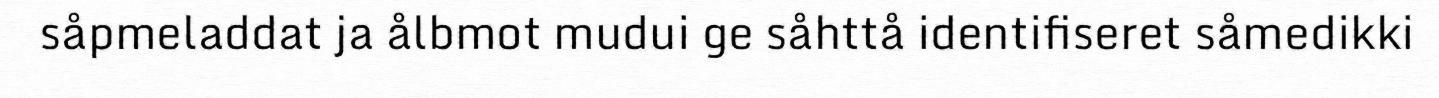
såpmeladdat ja ålbmot mudui ge såhttå identifiseret såmedikki